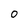
Character: 0